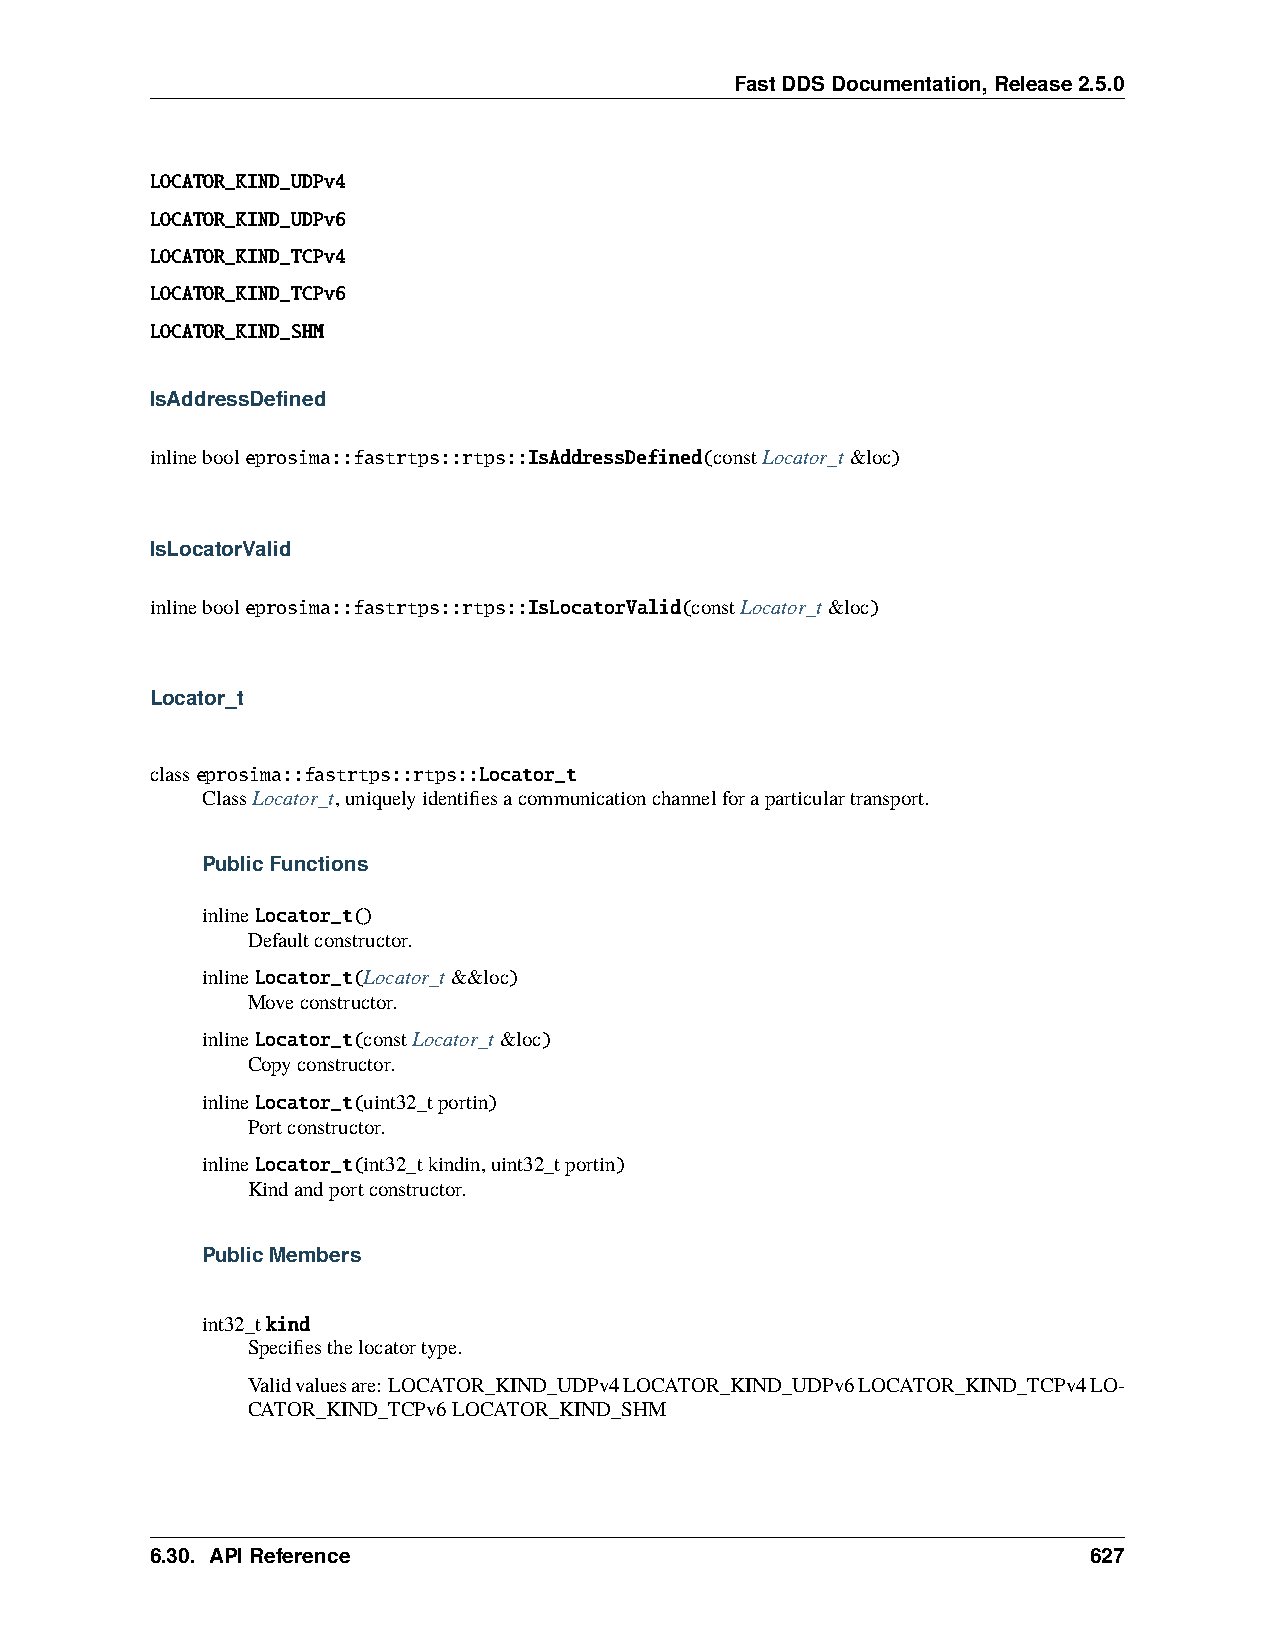
FastDDSDocumentation,Release2.5.0
 LOCATOR_KIND_UDPv4
 LOCATOR_KIND_UDPv6
 LOCATOR_KIND_TCPv4
 LOCATOR_KIND_TCPv6
 LOCATOR_KIND_SHM
 IsAddressDefined
 inlinebooleprosima::fastrtps::rtps::IsAddressDefined(constLocator_t&loc)
 IsLocatorValid
 inlinebooleprosima::fastrtps::rtps::IsLocatorValid(constLocator_t&loc)
 Locator_t
 classeprosima::fastrtps::rtps::Locator_t
 ClassLocator_t,uniquelyidentifiesacommunicationchannelforaparticulartransport.
 PublicFunctions
 inlineLocator_t()
 Defaultconstructor.
 inlineLocator_t(Locator_t&&loc)
 Moveconstructor.
 inlineLocator_t(constLocator_t&loc)
 Copyconstructor.
 inlineLocator_t(uint32_tportin)
 Portconstructor.
 inlineLocator_t(int32_tkindin,uint32_tportin)
 Kindandportconstructor.
 PublicMembers
 int32_tkind
 Specifiesthelocatortype.
 Validvaluesare:LOCATOR_KIND_UDPv4LOCATOR_KIND_UDPv6LOCATOR_KIND_TCPv4LO-
 CATOR_KIND_TCPv6LOCATOR_KIND_SHM
 6.30. APIReference                                            627